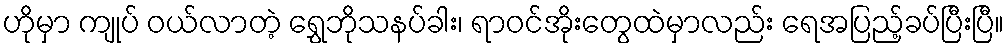
ဟိုမှာ ကျုပ် ဝယ်လာတဲ့ ရွှေဘိုသနပ်ခါး၊ ရာဝင်အိုးတွေထဲမှာလည်း ရေအပြည့်ခပ်ပြီးပြီ။